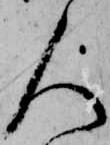
人